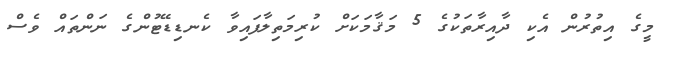
މީގެ އިތުރުން އެކި ދާއިރާތަކުގެ 5 މަޤާމަކަށް ކުރިމަތިލާފައިވާ ކެނޑިޑޭޓުންގެ ނަންތައް ވެސް